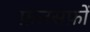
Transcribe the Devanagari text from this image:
फ़लसफ़ों